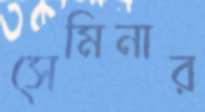
সেমিনার